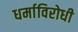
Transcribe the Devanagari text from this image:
धर्माविरोधी